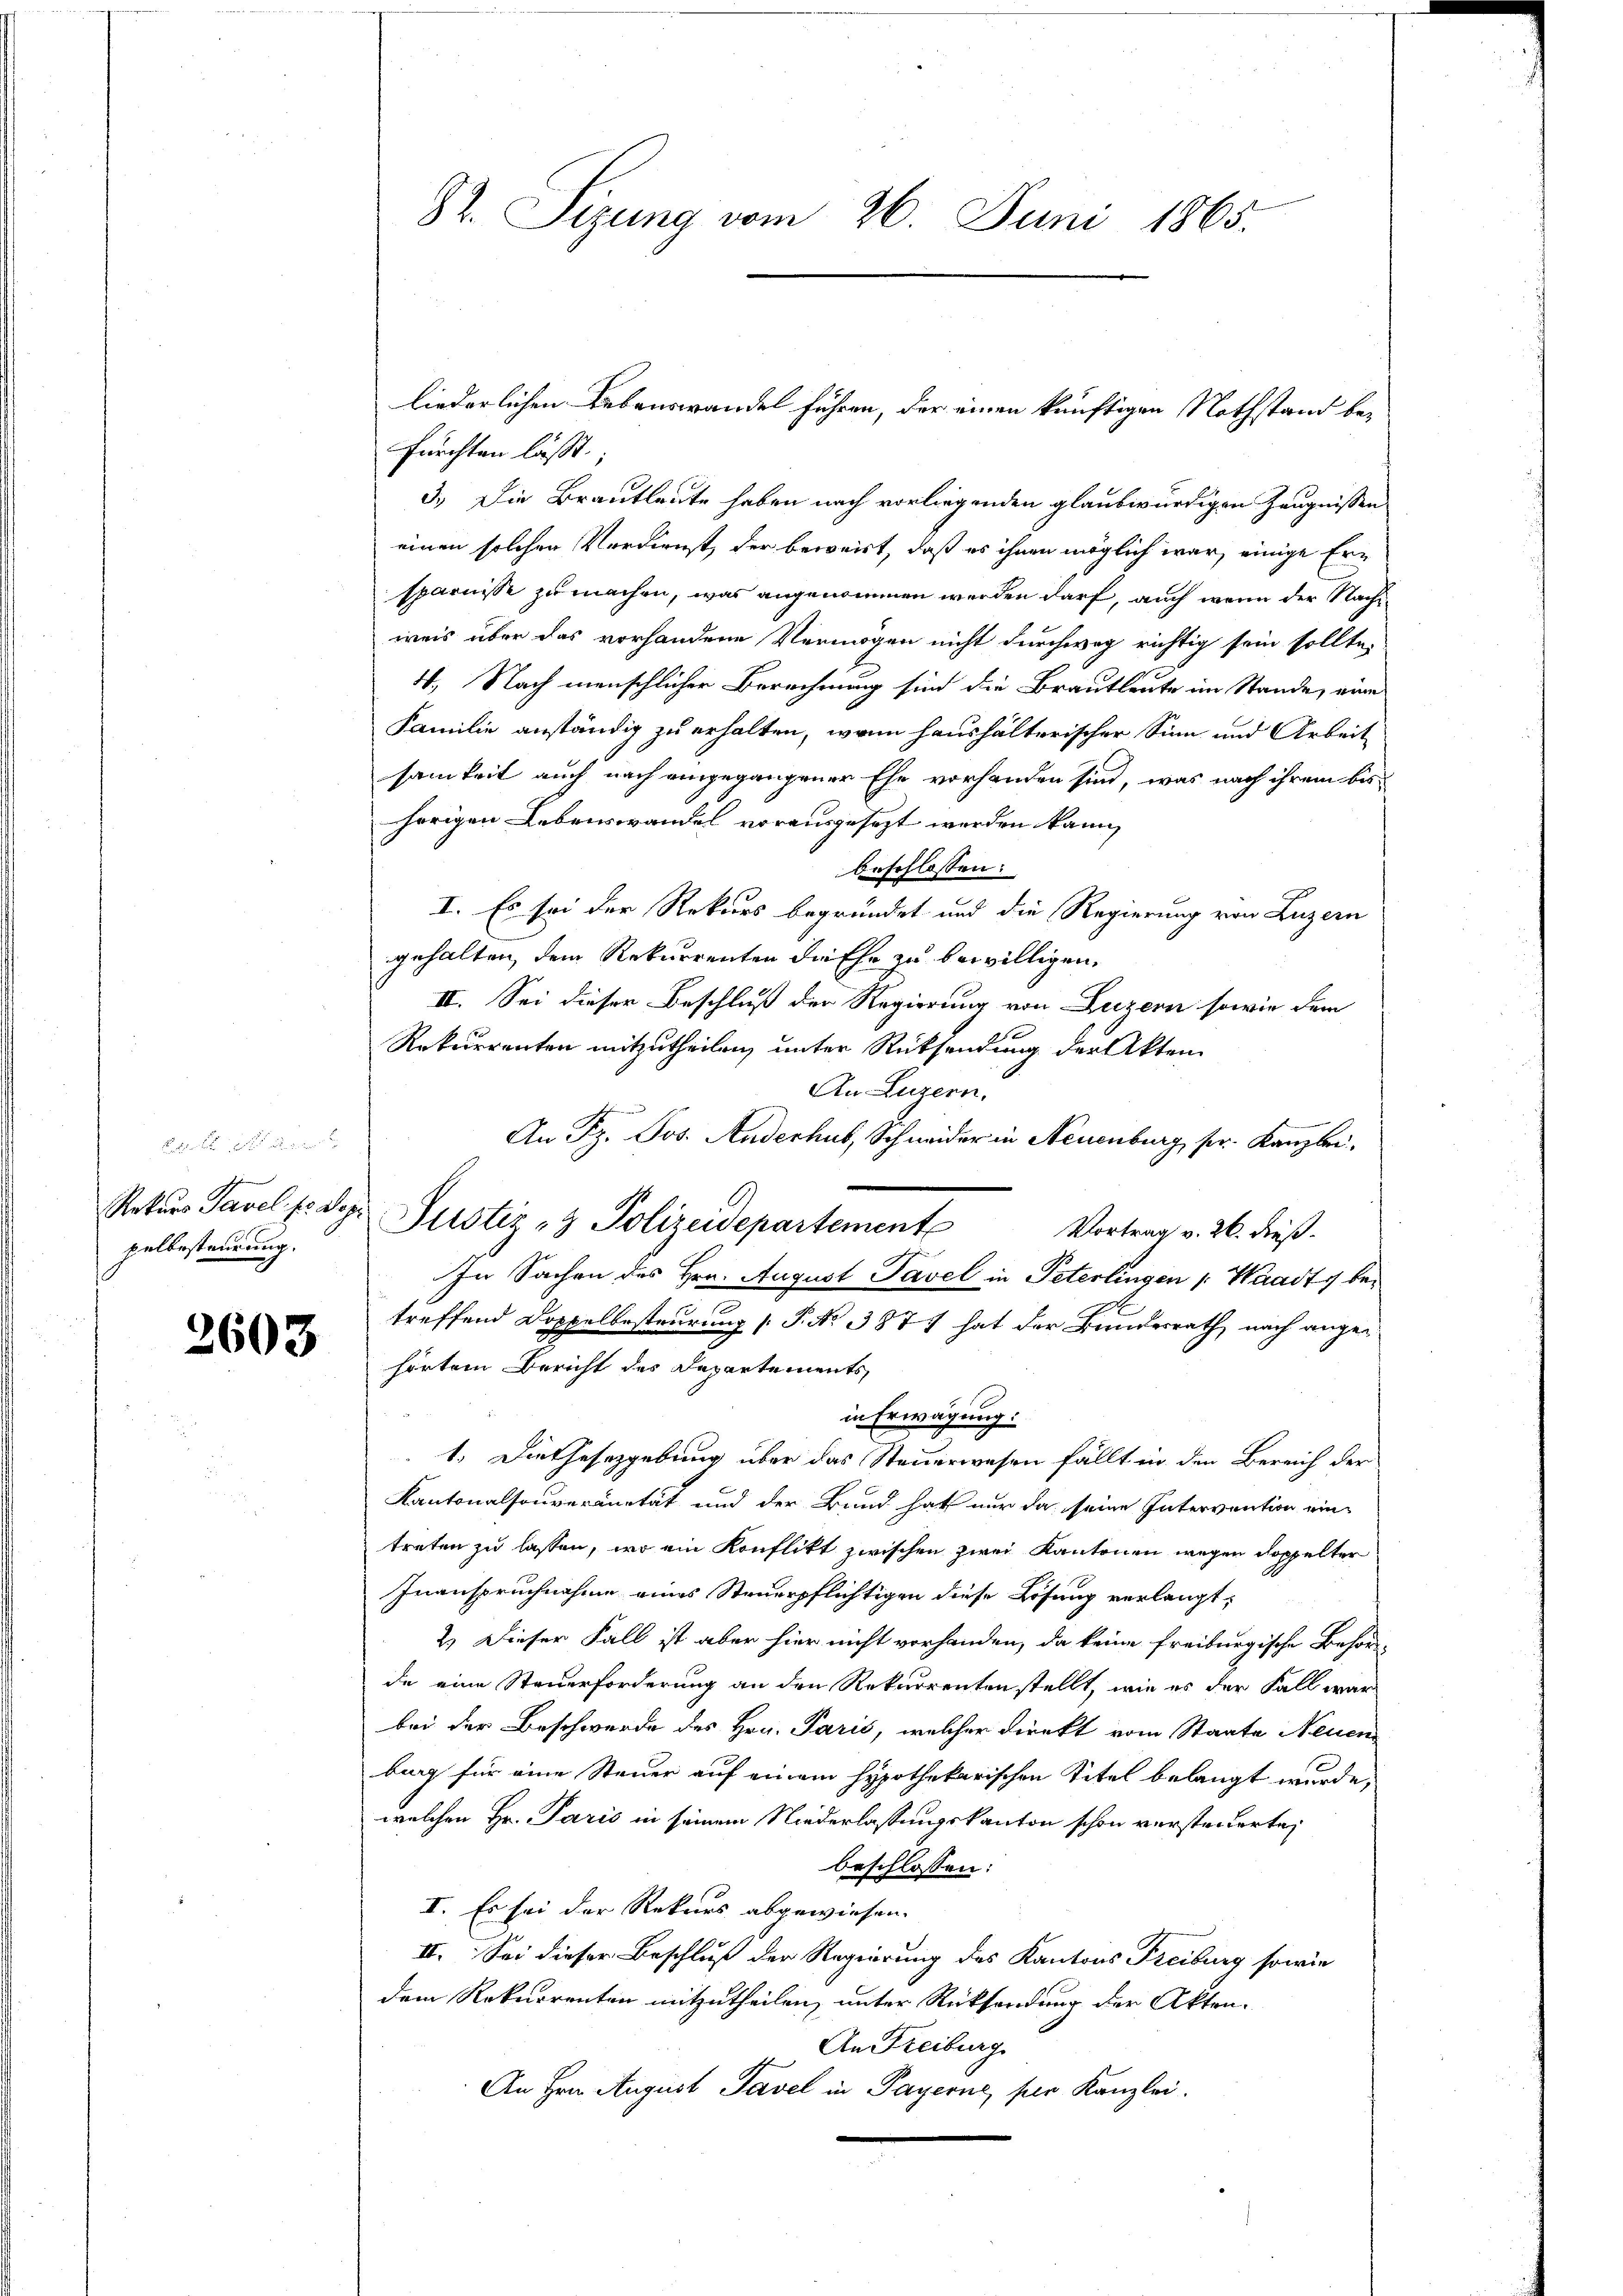
pelbesteurung.

2603

St. Sizung vom 26. Juni 1865.

fürchten lässt.
3.) Die Brautleute haben nach vorliegenden glaubwürdigen Zeugnissen
einen solchen Verdienst, der beweist, daß es ihnen möglich war, einige Ersparnisse zu machen, was angenommen werden darf, auch wenn der Nachweis über das vorhandene Vermögen nicht durchweg richtig sein sollte,
4. Nach menschlicher Berechnung sind die Brautleute im Stande, eine
Familie anständig zu erhalten, wenn haushälterischer Sinn und Arbeit
samkeit auch nach eingegangener Ehe vorhanden sind, was nach ihrem bis
herigen Lebenswandel vorausgesezt werden kann,
beschlossen:
I. Es sei der Rekurs begründet und die Regierung von Luzern
gehalten, dem Rekurrenten diffe zu bewilligen,
II. Sei dieser Beschluß der Regierung von Luzern sowie dem
Rekurrenten mitzutheilen, unter Rücksendung der Akten
An Luzern.
An Fr. Jos. Andenhub, Schneider in Neuenburg, pr. Kanzlei-
Rekŭrs Tavel E. Dez. Justiz- & Polizeidepartement
Vortrag v. 26. dieß.
treffend Doppelbesteurung [ P. No. 387 hat der Bundesrath, nach angehörtem Bericht des Departements
in Erwägung:
1.) Diethesezgebung über das Steuerwesen fällt in den Bereich der
Kantonalsouveränetät und der Bund hat nur da seine Intervention eintreten zu lassen, wo ein Konflikt zwischen zwei Kantonen wegen doppelter
Inanspruchnahme eines Steuerpflichtigen diese Lösung verlangt,
2.) Dieser Fall ist aber hier nicht vorhanden, da keine freiburgische Behör
de eine Steuerforderung an den Rekurrenten stellt, wie es der Fall war
bei der Beschwerde des Hrn. Paris, welcher direkt vom Staate Neuen
burg für eine Steuer auf einem Hypothekarischen Titel belangt wurde,
welchen Hr. Paris in seinem Niederlassungskanton schon versteuerte,
beschlossen:
I. Es sei der Rekurs abgewiesen.
II. Sei dieser Beschluß der Regierung des Kantons Freiburg sowie
dem Rekurrenten mitzutheilen, unter Rücksendung der Akten-
An Freiburg
e
An Hrn. August Tavel in Payerne, per Kanzlei.

liederlichen Lebenswandel führen, der einen künftigen Nothstand be¬

In Sachen des Hrn. August Tavel in Peterlingen : Waadt, be¬